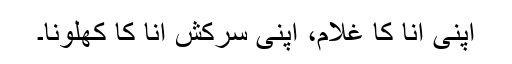
اپنی انا کا غلام، اپنی سرکش انا کا کھلونا۔